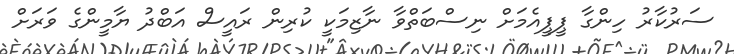
ސަރުކާރު ހިންގާ ޕީޕީއެމަށް ނިސްބަތްވާ ނާޒިމަކީ ކުރިން ރައީސް އަބްދު ޔާމީންގެ ވަރަށް